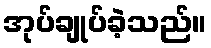
အုပ်ချုပ်ခဲ့သည်။